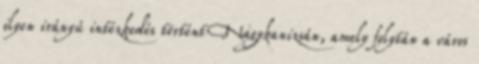
ilyen irányú intézkedés történt Nagykanizsán, amely folytán a város